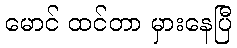
မောင် ထင်တာ မှားနေပြီ